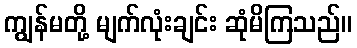
ကျွန်မတို့ မျက်လုံးချင်း ဆုံမိကြသည်။